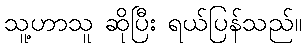
သူ့ဟာသူ ဆိုပြီး ရယ်ပြန်သည်။